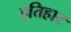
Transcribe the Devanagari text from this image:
इतिहार